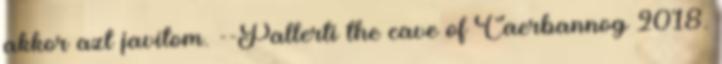
akkor azt javítom. --Pallerti the cave of Caerbannog 2018.